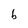
Character: b